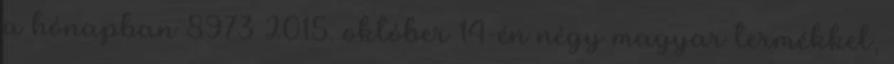
a hónapban 8973 2015. október 14-én négy magyar termékkel,